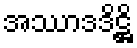
အဿာဒဒိဋ္ဌိ